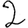
Digit: 2